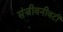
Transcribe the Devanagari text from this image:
संजीवनीवटी